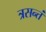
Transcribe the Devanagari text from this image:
त्रसन्तं